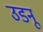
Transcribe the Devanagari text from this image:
उडनू